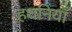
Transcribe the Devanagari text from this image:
हथनियाँ